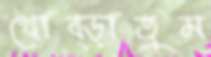
থোব্‌ড়াতুম